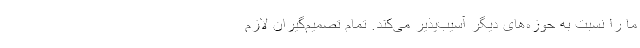
ما را نسبت به حوزه‌های دیگر آسیب‌پذیر می‌کند. تمام تصمیم‌گیران لازم